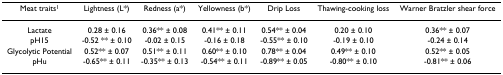
| Meat traits1 | Lightness (L*) | Redness (a*) | Yellowness (b*) | Drip Loss | Thawing-cooking loss | Warner Bratzler shear force |
 | --- | --- | --- | --- | --- | --- | --- |
 | Lactate | 0.28 ± 0.16 | 0.36** ± 0.08 | 0.41** ± 0.11 | 0.54** ± 0.04 | 0.20 ± 0.10 | 0.36** ± 0.07 |
 | pH15 | -0.52 ** ± 0.10 | -0.02 ± 0.15 | -0.16 ± 0.18 | -0.55** ± 0.10 | -0.19 ± 0.10 | -0.24 ± 0.14 |
 | Glycolytic Potential | 0.52** ± 0.07 | 0.51** ± 0.11 | 0.60** ± 0.10 | 0.78** ± 0.04 | 0.49** ± 0.10 | 0.52** ± 0.05 |
 | pHu | -0.65** ± 0.11 | -0.35** ± 0.13 | -0.54** ± 0.11 | -0.89** ± 0.05 | -0.80** ± 0.10 | -0.81** ± 0.06 |